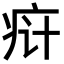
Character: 𬏟